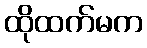
ထိုထက်မက